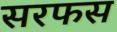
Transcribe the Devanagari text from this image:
सरफस